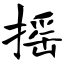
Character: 摇